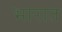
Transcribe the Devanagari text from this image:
भारात